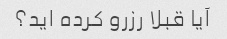
آیا قبلا رزرو کرده اید؟